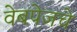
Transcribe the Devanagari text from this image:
वेबपेजचे